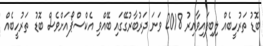
ބޮޑު ތަރުހީބެއް ލިބިފައިވާއިރު 2018 ވަނަ ދަރުބާރުގޭގައި ބޭއްވި އެކްސްޕޯއަށްވެސް ބޮޑު ތަރުހީބެއް